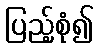
ပြည့်စုံ၍